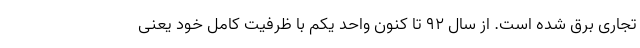
تجاری برق شده است. از سال ۹۲ تا کنون واحد یکم با ظرفیت کامل خود یعنی